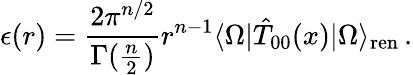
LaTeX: \epsilon(r)=\frac{2\pi^{n/2}}{\Gamma(\frac{n}{2})}r^{n-1}\langle\Omega|\hat{T}_{00}(x)|\Omega\rangle_{\mathrm{ren}}\, .